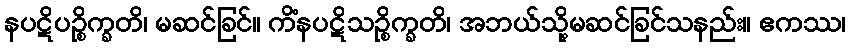
နပဋိပဉ္စိက္ခတိ၊ မဆင်ခြင်။ ကိံနပဋိသဉ္စိက္ခတိ၊ အဘယ်သို့မဆင်ခြင်သနည်း။ ဧကဿ၊